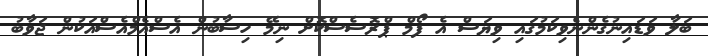
ބަލާ ވަޑައިނުގެންނެވިކަމުގައި ވިޔަސް އެ ފޯމް ޕްރޮސެސްކޮށް ނިމޭ ހިސާބުން އެސްއެމްއެސްއަކުން ޖަވާބު